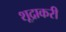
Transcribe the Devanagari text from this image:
शूद्राकरी